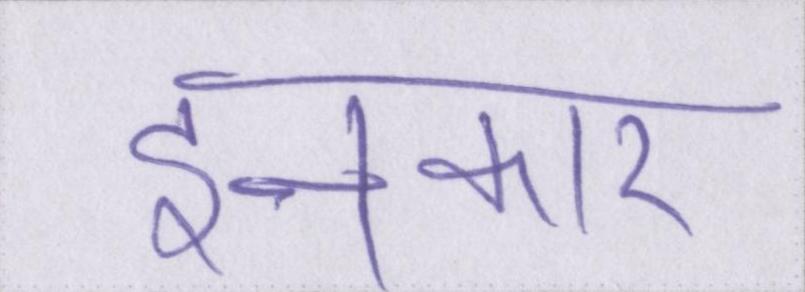
इनकार